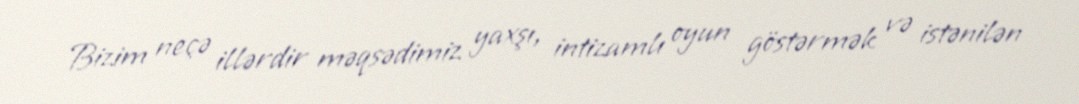
Bizim neçə illərdir məqsədimiz yaxşı, intizamlı oyun göstərmək və istənilən